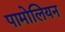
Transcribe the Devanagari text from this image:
पामोलियन